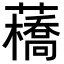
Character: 𧂼